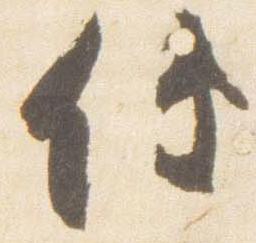
伝